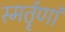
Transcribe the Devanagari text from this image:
स्मर्तॄणां